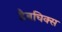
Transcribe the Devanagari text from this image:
डैबचिक्स